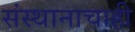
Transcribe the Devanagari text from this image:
संस्थानाचाही